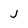
Character: j